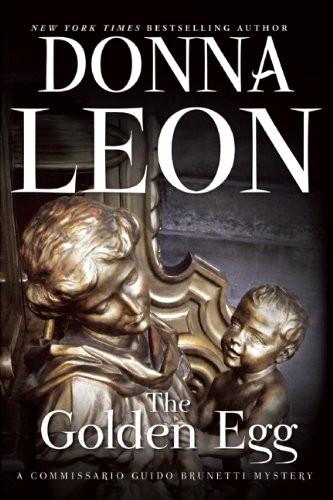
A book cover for The Golden Egg (Guido Brunetti); Donna Leon; Mystery, Thriller & Suspense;